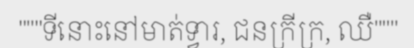
"""ទីនោះនៅមាត់ទ្វារ, ជនក្រីក្រ, ឈឺ"""